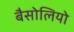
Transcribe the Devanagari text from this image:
बैसोलियो